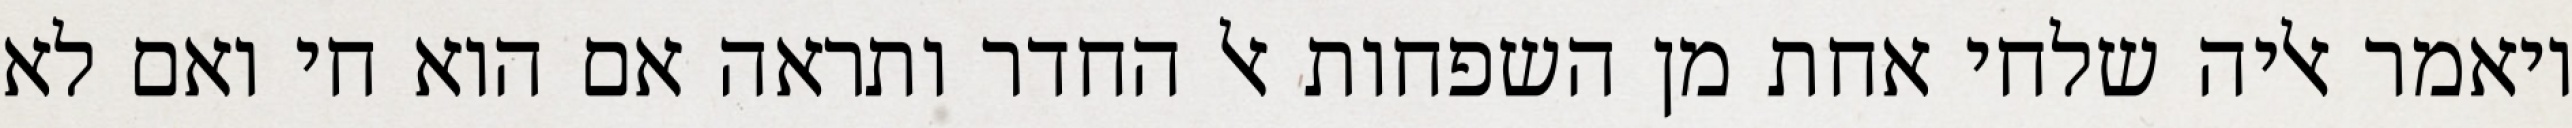
ויאמר אליה שלחי אחת מן השפחות אל החדר ותראה אם הוא חי ואם לא